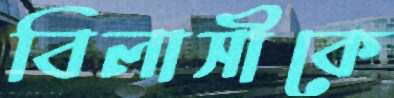
বিলাসীকে